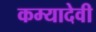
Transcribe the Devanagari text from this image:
कम्यादेवी